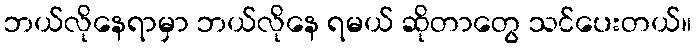
ဘယ်လိုနေရာမှာ ဘယ်လိုနေ ရမယ် ဆိုတာတွေ သင်ပေးတယ်။